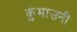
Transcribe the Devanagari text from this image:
कुंमाउनी